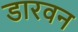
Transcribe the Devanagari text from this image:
डारवन